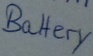
Text: Battery